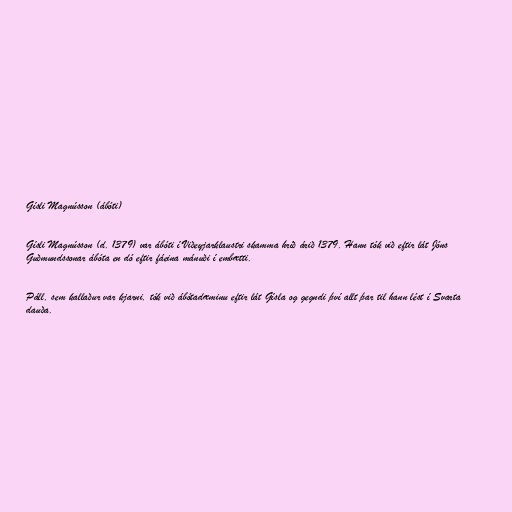
Gísli Magnússon (ábóti)

Gísli Magnússon (d. 1379) var ábóti í Viðeyjarklaustri skamma hríð árið 1379. Hann tók við eftir lát Jóns
Guðmundssonar ábóta en dó eftir fáeina mánuði í embætti.

Páll, sem kallaður var kjarni, tók við ábótadæminu eftir lát Gísla og gegndi því allt þar til hann lést í Svarta
dauða.